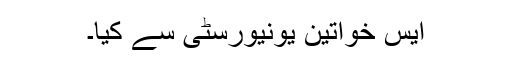
ایس خواتین یونیورسٹی سے کیا۔